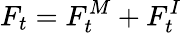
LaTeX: F_{t}=F_{t}^{M}+F_{t}^{I}